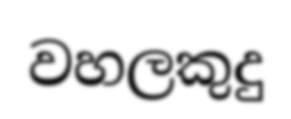
වහලකුදු